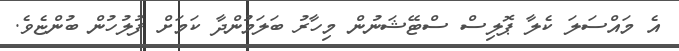
އެ މައްސަލަ ކެލާ ޕޮލިސް ސްޓޭޝަނުން މިހާރު ބަލަމުންދާ ކަމަށް ފުލުހުން ބުންޏެވެ.